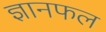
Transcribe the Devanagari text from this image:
ज्ञानफल